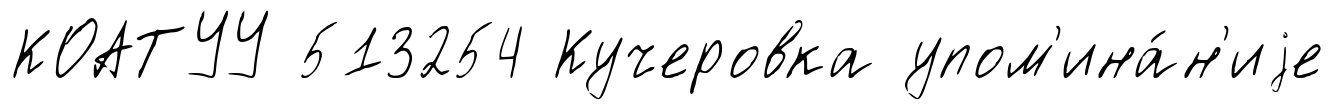
КОАТУУ 513254 Кучеровка упом'ина́н'иjе